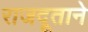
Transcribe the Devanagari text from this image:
राजदूताने